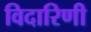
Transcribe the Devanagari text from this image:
विदारिणी